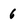
Character: 6